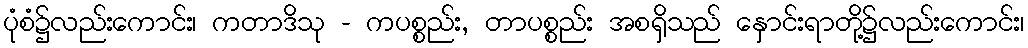
ပုံစံ၌လည်းကောင်း၊ ကတာဒိသု - ကပစ္စည်း, တာပစ္စည်း အစရှိသည် နှောင်းရာတို့၌လည်းကောင်း၊